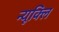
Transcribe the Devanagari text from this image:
न्यूक्लि